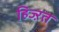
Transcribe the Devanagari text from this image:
हिज्ऱत